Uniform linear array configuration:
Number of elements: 64
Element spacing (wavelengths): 0.25
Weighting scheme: exponential
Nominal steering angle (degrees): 15
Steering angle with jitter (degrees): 16.756
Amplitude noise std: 0.05
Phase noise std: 0.05

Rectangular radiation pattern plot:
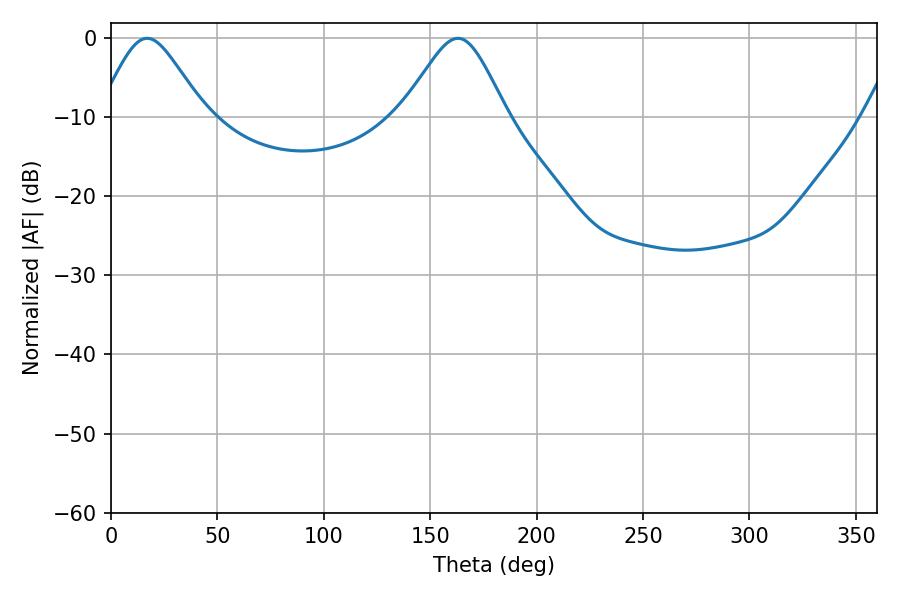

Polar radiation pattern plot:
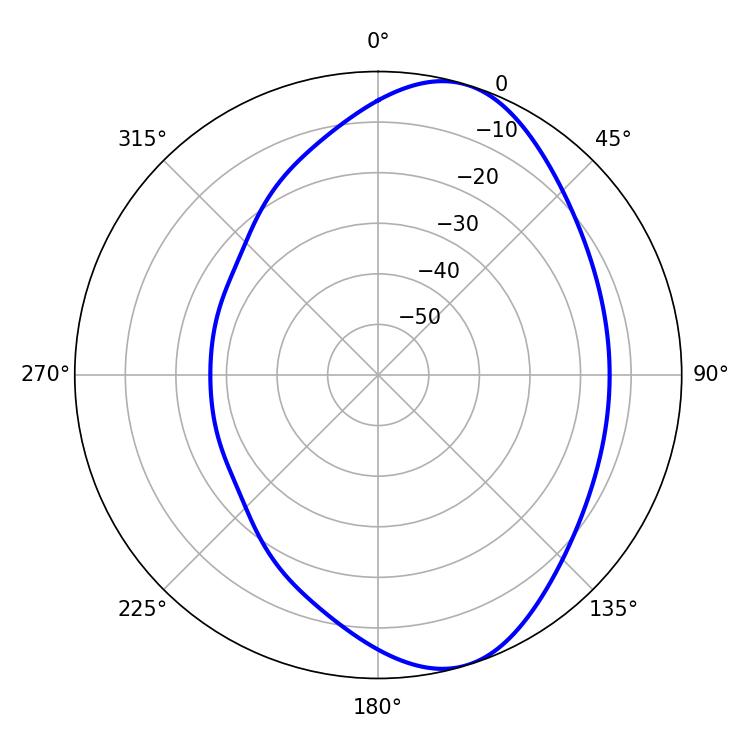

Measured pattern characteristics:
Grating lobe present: FALSE
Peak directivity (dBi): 7.484
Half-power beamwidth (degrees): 24.12
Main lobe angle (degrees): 16.92